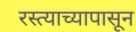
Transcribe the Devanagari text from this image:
रस्त्याच्यापासून